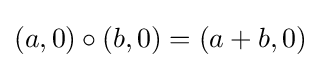
(a,0)\circ (b,0)=(a+b,0)